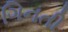
ગિનતી